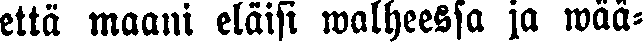
että maani eläisi walheessa ja wää-